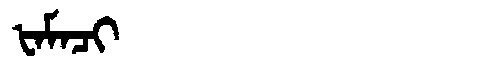
Manchu: ᡶᠠᠮᠠᠴᡳ
Romanization: FAMACI